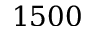
1 5 0 0